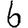
Digit: 6